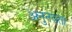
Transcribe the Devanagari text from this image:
अनुनयता